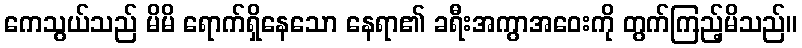
ကေသွယ်သည် မိမိ ရောက်ရှိနေသော နေရာ၏ ခရီးအကွာအဝေးကို တွက်ကြည့်မိသည်။